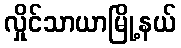
လှိုင်သာယာမြို့နယ်